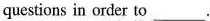
questions in order to___